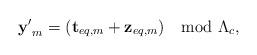
LaTeX: \begin{align*} \mathbf{y'}_m = (\mathbf{t}_{eq,m} + \mathbf{z}_{eq,m}) \mod \Lambda_c,\end{align*}